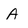
Character: A